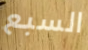
السبع